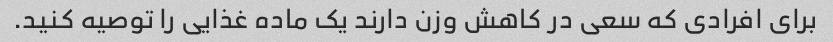
برای افرادی که سعی در کاهش وزن دارند یک ماده غذایی را توصیه کنید.